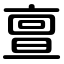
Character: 亶